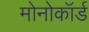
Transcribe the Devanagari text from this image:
मोनोकॉर्ड